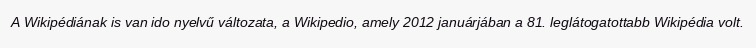
A Wikipédiának is van ido nyelvű változata, a Wikipedio, amely 2012 januárjában a 81. leglátogatottabb Wikipédia volt.